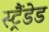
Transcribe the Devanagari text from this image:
स्ट्रैंडेड